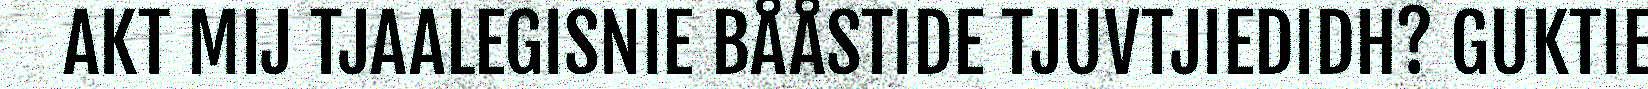
AKT MIJ TJAALEGISNIE BÅÅSTIDE TJUVTJIEDIDH? GUKTIE